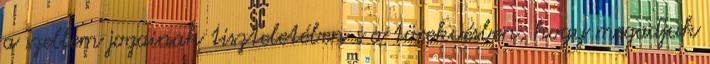
a szellem jogainak tiszteletében s a törekvésben, hogy megadjuk